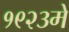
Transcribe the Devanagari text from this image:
१९२३मे